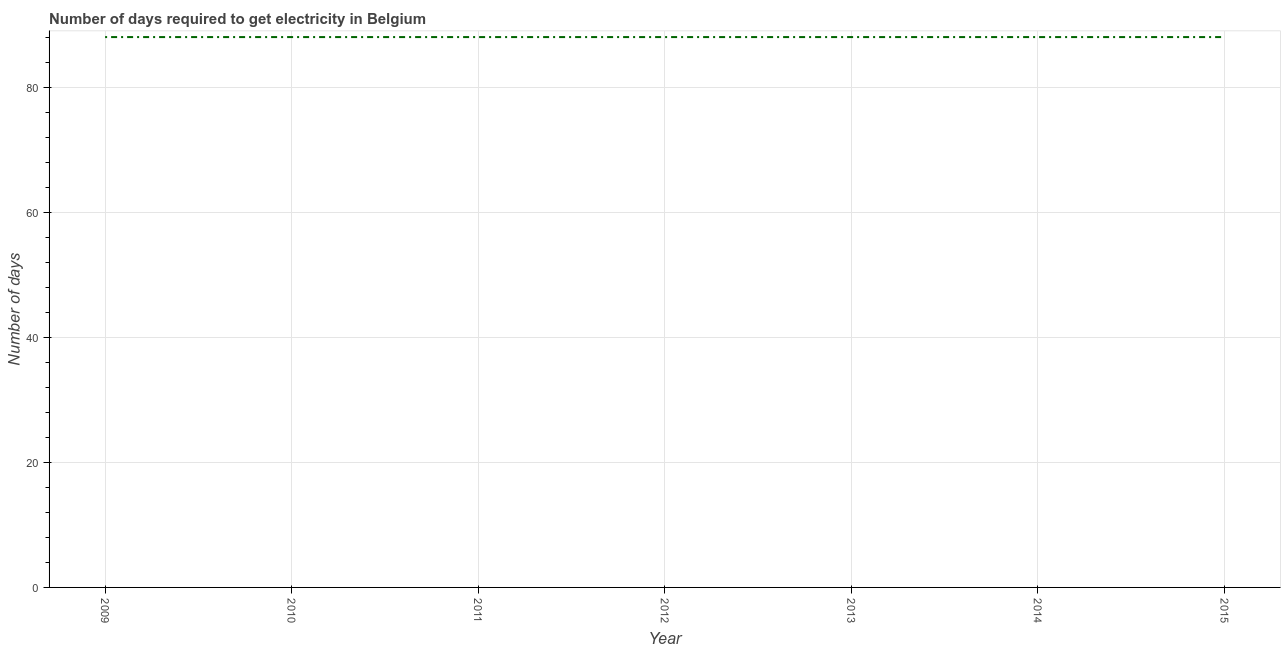
| Year | Time to get electricity |
 | --- | --- |
 | 2009 | 88 |
 | 2010 | 88 |
 | 2011 | 88 |
 | 2012 | 88 |
 | 2013 | 88 |
 | 2014 | 88 |
 | 2015 | 88 |